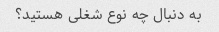
به دنبال چه نوع شغلی هستید؟